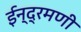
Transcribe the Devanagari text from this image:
ईन्द्रमणी